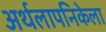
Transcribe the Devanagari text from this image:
अर्थलापनिकेला